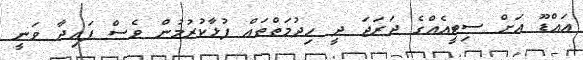
އައްޑޫ އަށް ސިޓީއެއްގެ ދަރަޖަ ދީ ހިދުމަތްތައް ފުޅާކުރުމުން ވެސް ފައިދާ ވަނީ